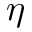
\eta